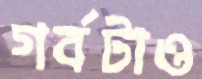
গর্বটাও